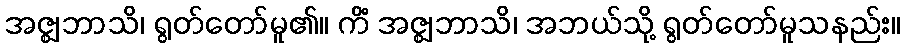
အဇ္ဈဘာသိ၊ ရွတ်တော်မူ၏။ ကိံ အဇ္ဈဘာသိ၊ အဘယ်သို့ ရွတ်တော်မူသနည်း။